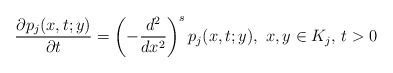
\begin{align*}\frac{\partial p_{j}(x,t;y)}{\partial t}=\left(-\frac{d^2}{dx^2}\right)^s p_{j}(x,t;y), \,\, x,y \in K_j, \, t>0 \end{align*}